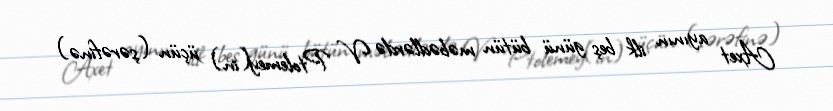
Axet ayının ilk beş günü bütün məbədlərdə V Ptolemey(in) üçün (şərəfinə)